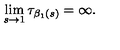
\lim _ { s \rightarrow 1 } \tau _ { \beta _ { 1 } ( s ) } = \infty .